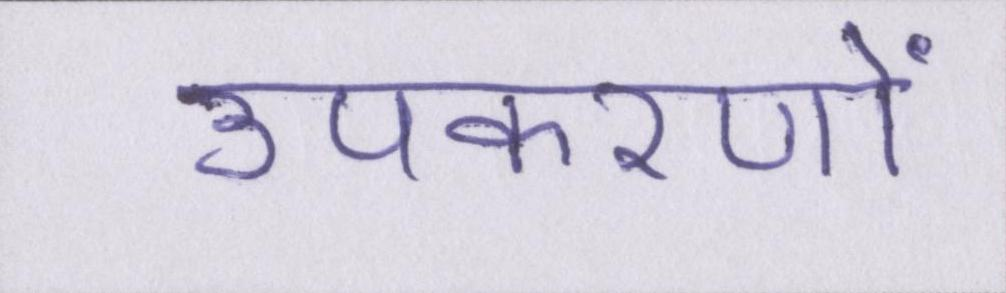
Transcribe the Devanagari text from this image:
उपकरणों